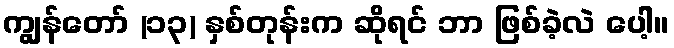
ကျွန်တော် (၁၃) နှစ်တုန်းက ဆိုရင် ဘာ ဖြစ်ခဲ့လဲ ပေါ့။